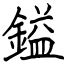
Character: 鎰